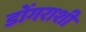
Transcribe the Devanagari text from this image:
डोंगराशी